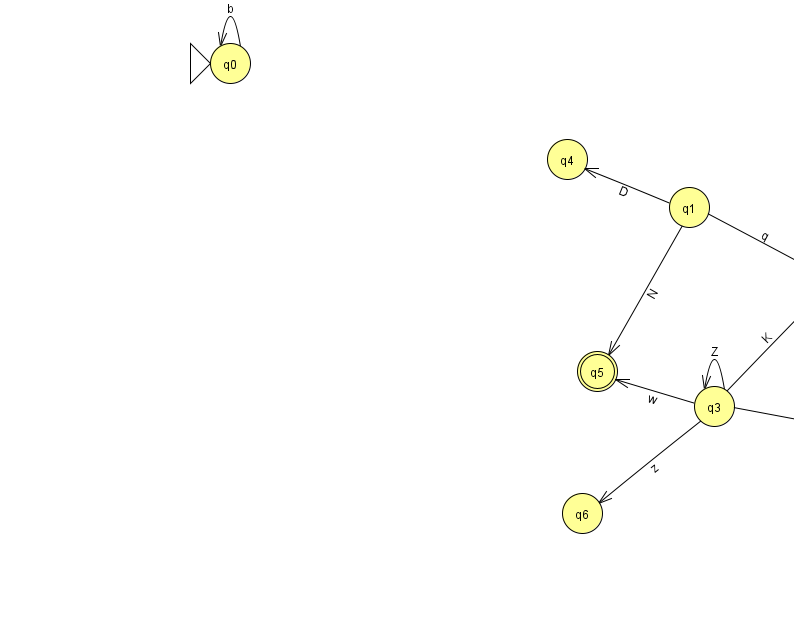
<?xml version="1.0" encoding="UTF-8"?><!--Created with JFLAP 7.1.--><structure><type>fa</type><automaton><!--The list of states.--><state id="0" name="q0"><x>230.0</x><y>50.0</y><initial/></state><state id="1" name="q1"><x>689.0</x><y>194.0</y></state><state id="2" name="q2"><x>880.0</x><y>423.0</y></state><state id="3" name="q3"><x>714.0</x><y>393.0</y></state><state id="4" name="q4"><x>567.0</x><y>146.0</y></state><state id="5" name="q5"><x>597.0</x><y>358.0</y><final/></state><state id="6" name="q6"><x>582.0</x><y>500.0</y></state><state id="7" name="q7"><x>834.0</x><y>270.0</y></state><!--The list of transitions.--><transition><from>0</from><to>0</to><read>b</read></transition><transition><from>1</from><to>4</to><read>D</read></transition><transition><from>3</from><to>5</to><read>w</read></transition><transition><from>1</from><to>5</to><read>N</read></transition><transition><from>3</from><to>3</to><read>Z</read></transition><transition><from>2</from><to>7</to><read>f</read></transition><transition><from>3</from><to>2</to><read>p</read></transition><transition><from>1</from><to>7</to><read>q</read></transition><transition><from>3</from><to>7</to><read>K</read></transition><transition><from>2</from><to>2</to><read>n</read></transition><transition><from>3</from><to>6</to><read>z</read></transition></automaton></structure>